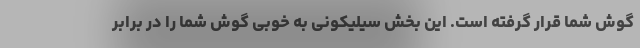
گوش شما قرار گرفته است. این بخش سیلیکونی به خوبی گوش شما را در برابر